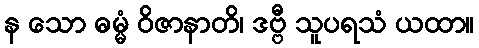
န သော ဓမ္မံ ဝိဇာနာတိ၊ ဒဗ္ဗီ သူပရသံ ယထာ။